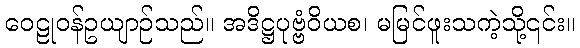
ဝေဠုဝန်ဥယျာဉ်သည်။ အဒိဋ္ဌပုဗ္ဗံဝိယစ၊ မမြင်ဖူးသကဲ့သို့၎င်း။